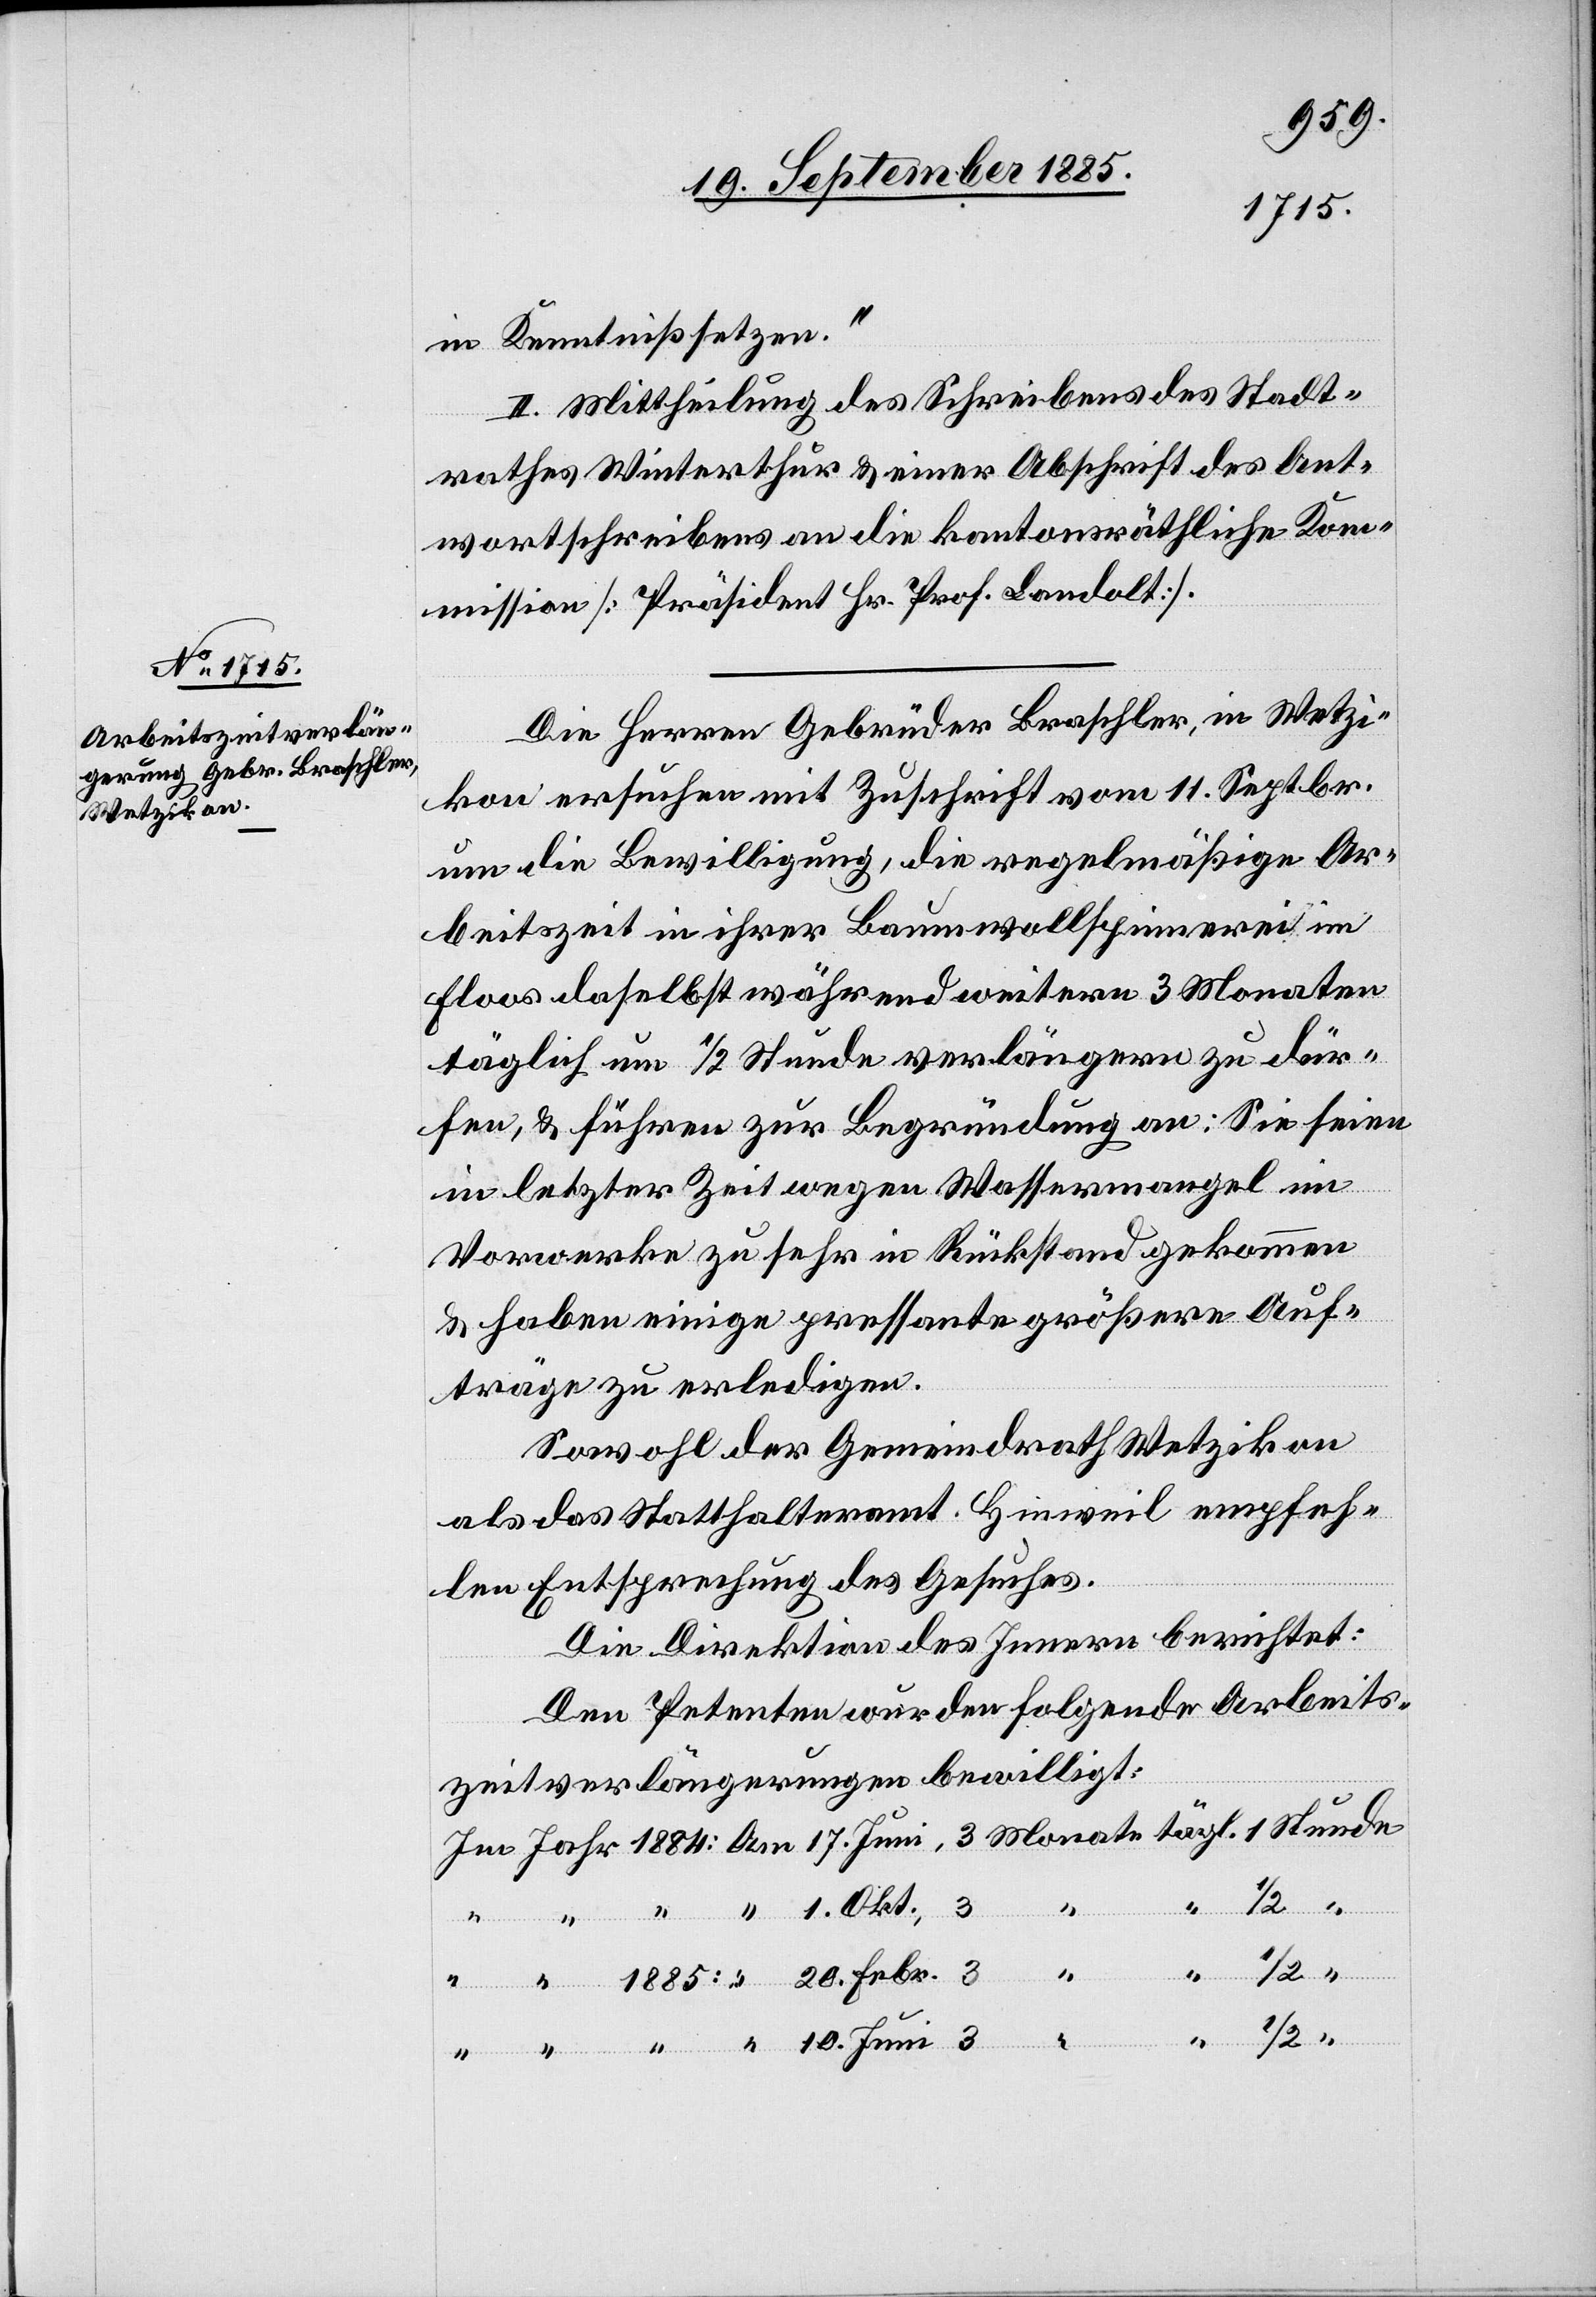
in Kenntniß setzen.“
II. Mittheilung des Schreibens des Stadt¬
rathes Winterthur & einer Abschrift des Ant¬
wortschreibens an die kantonsräthliche Ko¬
mmission [Präsident Hr. Prof. Landolt].
Die Herren Gebrüder Bratscher, in Wetzi¬
kon ersuchen mit Zuschrift vom 11. Septbr.
um die Bewilligung, die regelmäßige Ar¬
beitszeit in ihrer Baumwollspinnerei im
Floos daselbst während weitern 3 Monaten
täglich um 1/2 Stunde verlängern zu dür¬
fen, & führen zur Begründung an: Sie seien
Febr.
in letzter Zeit wegen Wassermangel im
Vorwerke zu sehr in Rückstand gekommen
& haben einige pressante größere Auf¬
träge zu erledigen.
Sowohl der Gemeindrath Wetzikon
als das Statthalteramt Hinweil empfeh¬
len Entsprechung des Gesuches.
Die Direktion des Innern berichtet:
Den Petenten wurden folgende Arbeits¬
zeitverlängerungen bewilligt: